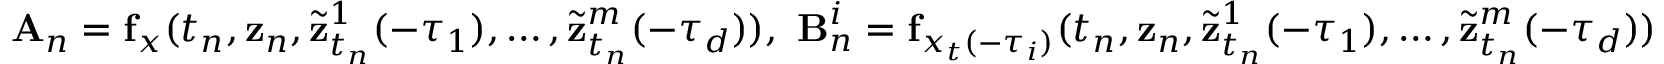
\mathbf { A } _ { n } = \mathbf { f } _ { x } ( t _ { n } , \mathbf { z } _ { n } , { \widetilde { \mathbf { z } } } _ { t _ { n } } ^ { 1 } ( - \tau _ { 1 } ) , \ldots , { \widetilde { \mathbf { z } } } _ { t _ { n } } ^ { m } ( - \tau _ { d } ) ) , { \mathrm { ~ } } \mathbf { B } _ { n } ^ { i } = \mathbf { f } _ { x _ { t } ( - \tau _ { i } ) } ( t _ { n } , \mathbf { z } _ { n } , { \widetilde { \mathbf { z } } } _ { t _ { n } } ^ { 1 } ( - \tau _ { 1 } ) , \ldots , { \widetilde { \mathbf { z } } } _ { t _ { n } } ^ { m } ( - \tau _ { d } ) )